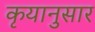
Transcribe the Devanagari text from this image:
कृयानुसार